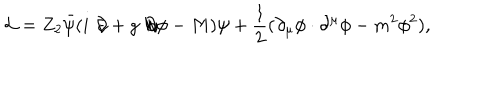
{ \cal L } = Z _ { 2 } \bar { \psi } ( i \not \! \partial + g \not \! \partial \phi - M ) \psi + \frac { 1 } { 2 } ( \partial _ { \mu } \phi \cdot \partial ^ { \mu } \phi - m ^ { 2 } \phi ^ { 2 } ) ,